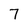
Character: 7